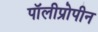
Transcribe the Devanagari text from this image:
पॉलीप्रोपीन